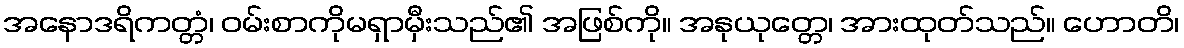
အနောဒရိကတ္တံ၊ ဝမ်းစာကိုမရှာမှီးသည်၏ အဖြစ်ကို။ အနုယုတ္တေ၊ အားထုတ်သည်။ ဟောတိ၊